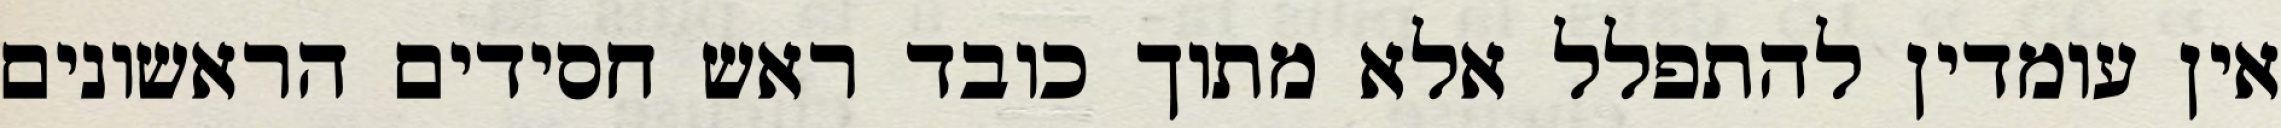
אין עומדין להתפלל אלא מתוך כובד ראש חסידים הראשונים